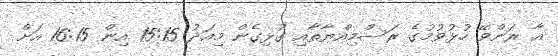
އާ ރަންވޭ ހުޅުވުމުގެ ރަސްމިއްޔާތާއި ގުޅިގެން މިއަދު 15:15 އިން 16:15 އަށް